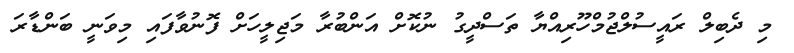
މި ދެބިލް ރައީސުލްޖުމްހޫރިއްޔާ ތަސްދީގު ނުކޮށް އަންބުރާ މަޖިލީހަށް ފޮނުވާފައި މިވަނީ ބަންޑާރަ